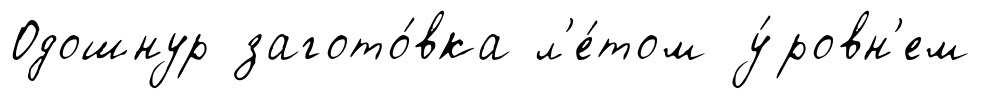
Одошнур загото́вка л'е́том у́ровн'ем